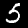
Digit: 5